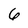
Character: 6